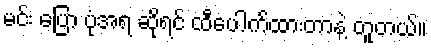
မင်း ပြော ပုံအရ ဆိုရင် ထီပေါက်ထားတာနဲ့ တူတယ်။